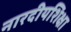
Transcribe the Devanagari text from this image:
नारदीयशिक्षा